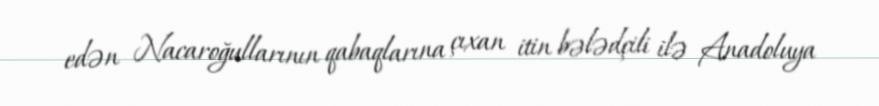
edən Nacaroğullarının qabaqlarına çıxan itin bələdçili ilə Anadoluya